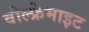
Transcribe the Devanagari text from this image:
वोल्फ्रेमाइट